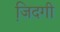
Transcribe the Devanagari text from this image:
जि़दगी